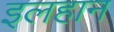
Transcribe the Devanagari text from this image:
इलहान